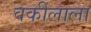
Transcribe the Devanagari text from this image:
वकीलाला